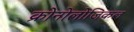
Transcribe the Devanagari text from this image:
क्रोनोलोजिकल